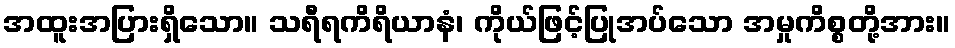
အထူးအပြားရှိသော။ သရီရကိရိယာနံ၊ ကိုယ်ဖြင့်ပြုအပ်သော အမှုကိစ္စတို့အား။